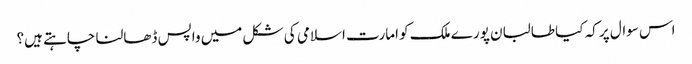
اس سوال پر کہ کیا طالبان پورے ملک کو امارت اسلامی کی شکل میں واپس ڈھالنا چاہتے ہیں؟